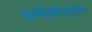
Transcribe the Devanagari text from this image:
मार्गदर्शनानुसार